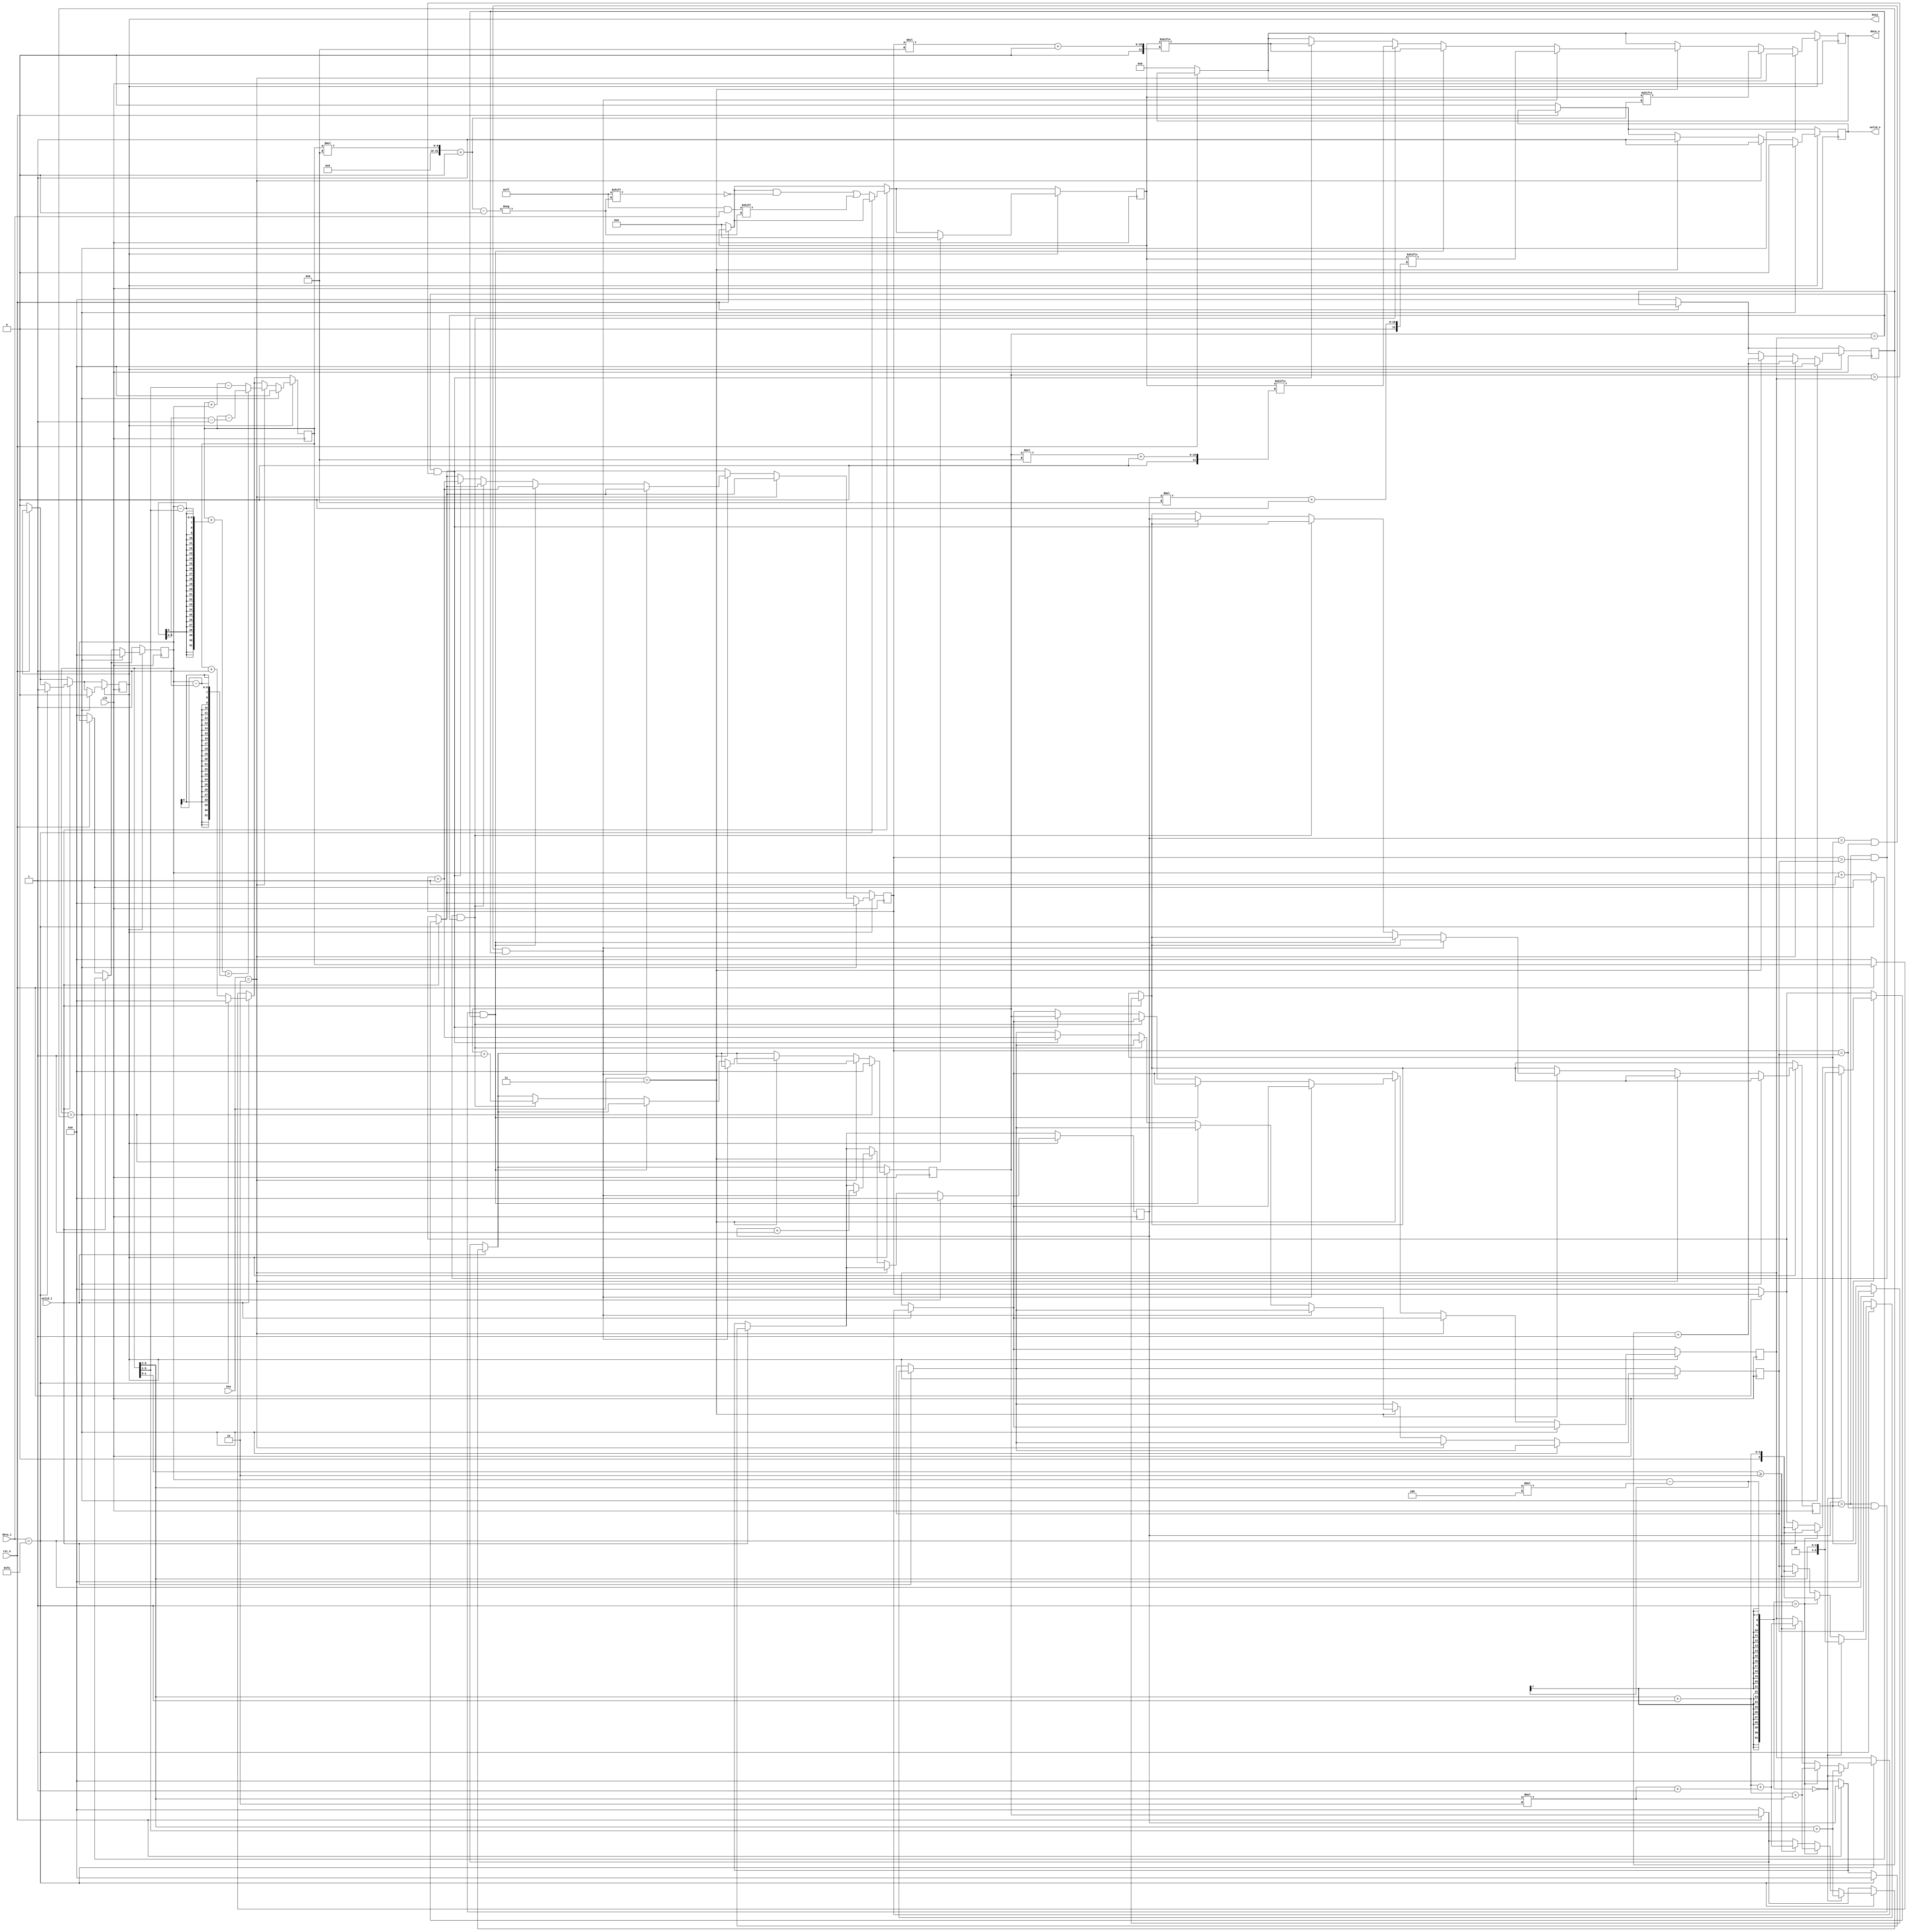
module zigzag_decryption #(
				parameter D_WIDTH = 8,
				parameter KEY_WIDTH = 8,
				parameter MAX_NOF_CHARS = 50,
				parameter START_DECRYPTION_TOKEN = 8'hFA
			)(
			// Clock and reset interface
			input clk,
			input rst_n,
			
			// Input interface
			input[D_WIDTH - 1:0] data_i,
			input valid_i,
			
			// Decryption Key
			input[KEY_WIDTH - 1 : 0] key,
			
			// Output interface
			output reg[D_WIDTH - 1:0] data_o,
			output reg valid_o,
			output reg busy
    );

	reg [D_WIDTH*MAX_NOF_CHARS-1:0] input_tot;
	reg [5:0] i, j, k, x,  counter1, counter2, refj, refk, refx;
	

always @(posedge clk) begin
			
			if(!rst_n) begin
				data_o <= 0;
				valid_o <= 0;
				busy <= 0;
	
				i <= 0;
				j <= 0;
				k <= 0;
				x <= 0;
				
				input_tot <= 0;
				counter1 <= 0;
				counter2 <= 0;
			
			end
			
			if(valid_i) begin
				if(data_i == START_DECRYPTION_TOKEN) begin 	// daca am intalnit caracterul FA
					i <= 0; 
					
					j <= 0; 		//pozitia primului element de pe linia 1 la keia 3
					refj <= 0; 		// referinta la care ne raportam ca sa stim daca am scris deja un element de pe linia respectiva
					
					if((counter1 - (counter1>>2)*4) == 0) begin			//in functie de rest, incrementam sau nu k si x
						k <= (counter1>>2); 							//pozitia primului element de pe linia 1 cand restul este 0
						refk <= (counter1>>2); 							//pozitia lui k anterioara pe care o sa o actualizez dupa fiecare ciclu
							
						x <=((counter1>>2) + (counter1>>1)); 		//pozitia primului element de pe linia 3
						refx <=((counter1>>2) + (counter1>>1));		// pozitia sa anterioara
					end
					
					else if((counter1 - (counter1>>2)*4) == 1) begin	//rest = 1
						k <= ((counter1>>2)+1); 						//inca un element pe prima linie, deci k trebuie incrementat
						refk <= ((counter1>>2)+1);
						
						x <= (((counter1>>2)+1) + ((counter1>>2)*2)); 	// k + elem de pe a doua linie
						refx <= (((counter1>>2)+1) + ((counter1>>2)*2));
					end
					
					else if(counter1[1:0] >= 2) begin 					//restul 2 sau 3 influenteaza in acelasi mod pozitiile
						k <= ((counter1>>2) +1);						//atat nr de elem de pe prima linie cat si de pe a doua sunt increentate
						refk <= ((counter1>>2) +1);
						
						x <=(((counter1>>2)+1) + (((counter1>>2)*2) + 1));
						refx <=(((counter1>>2)+1) + (((counter1>>2)*2) + 1));
					end
					
					busy <= 1;
					
				end
				else begin
					input_tot[i*8 +: 8] <= data_i; 						//daca nu am intalnit caracterul FA, continuam citirea
						i <= i + 1;
						counter1 <= counter1 + 1;
				end
			end
			
			if(busy)begin
				
				if(counter1 == counter2) begin 							// am scris atatea elem cate am citit si ii dam reset
					valid_o <= 0;
					busy <= 0;
					input_tot <= 0;
					
					i <= 0;
					j <= 0;
					k <= 0;
					x <= 0;
					counter1 <= 0;
					counter2 <= 0;
				end
				else begin
					if(key == 2) begin 
						valid_o <= 1;
						data_o <= input_tot[i*8 +: 8];
						if(i+(counter1 - (counter1 >> 1)) > (counter1-1))  		//daca adunam nr de elemente de pe prima linie si iesim din vector elementele nenule ale vectorului
							i <= i - (counter1 - (counter1>>1) - 1); 			//ne intarcem la pozitia anterioara +1
						else
							i <= i+ counter1 - (counter1>>1); 					// altfel adunam numarul de elemente de pe prima linie ca sa ajungem la elementul de pe a doua linie
						
						counter2 <= counter2 +1; 								//mergem la urm elem
						
					end
					
					else if(key == 3) begin
						
						valid_o <= 1;
						
						if(j == refj && k == refk && x == refx) begin 			//daca pozitiile sunt egale cu pozitiile anterioare, punem pe ooutput elementul de pe prima linie
							data_o <= input_tot[j*8 +: 8];
							j <= j + 1;
						end 
						else if(j > refj && k == refk && x == refx)begin 		//daca j este mai mare, am scris deja un elem de pe prima linie si trecem la a doua
							data_o <= input_tot[k*8 +: 8];
							k <= k + 1;
							
						end 
						else if(j > refj && k > refk && x == refx)begin 		//la fel pentru a 3 a linie
							data_o <= input_tot[x*8 +: 8];
							x <= x + 1;
						end 
						else if(j > refj && k > refk && x > refx) begin 		// daca am scris deja cate un elem de pe fiecare linie, scriem inca un elem de pe linia 2 si terminam ciclul
							
							refj <= j;											//setam din nou referintele(valorile anterioare) la valorile actuale
							refk <= k +1;
							refx <= x;
							
							data_o <= input_tot[k*8 +: 8];
							k <= k + 1;
						end
						
						counter2 <= counter2 +1;		
					end
				end
			end
		end
	
endmodule